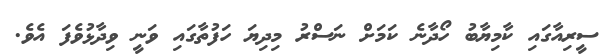
ސީރިއާގައި ކާމިޔާބު ހޯދާނެ ކަމަށް ނަސްރު މިދިޔަ ހަފުތާގައި ވަނީ ވިދާޅުވެފަ އެވެ.